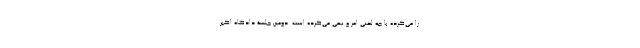
را می‌کرده با چه لحنی امر و نهی می‌کرده است. دومین جلسۀ دادگاه اکبر